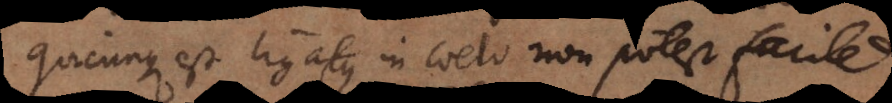
ue est ligatus in coelo non potest facile